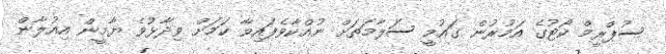
ސުޕްރީމް ކޯޓުގެ އަމުރުން ގައުމީ ސަލާމަތަށް ނުއްކާވެފައިވާ ކަމަށް ވިދާޅުވެ ޔާމީން އިއުލާން